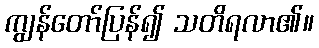
ကျွန်တော်ပြန်၍ သတိရလာ၏။